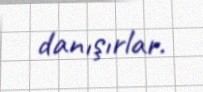
danışırlar.